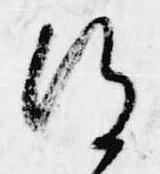
得